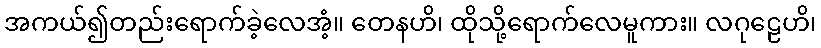
အကယ်၍တည်းရောက်ခဲ့လေအံ့။ တေနဟိ၊ ထိုသို့ရောက်လေမူကား။ လဂုဠေဟိ၊